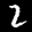
Label: 2